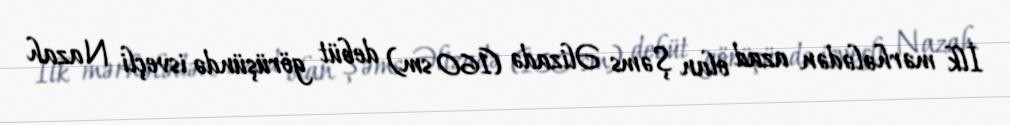
İlk mərhələdən azad olan Şəms Əlizadə (160 sm) debüt görüşündə isveçli Nazah